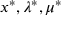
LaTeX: x ^ { * } , \lambda ^ { * } , \mu ^ { * }